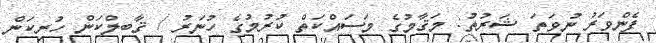
ފެންވަރު ނުވަތަ ޝަރުތު: މަޤާމުގެ މަސައްކަތް ކުރުމުގެ ހުނަރު / ޤާބިލްކަން ހުރިކަން